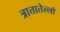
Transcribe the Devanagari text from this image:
त्रात्तातेल्लो